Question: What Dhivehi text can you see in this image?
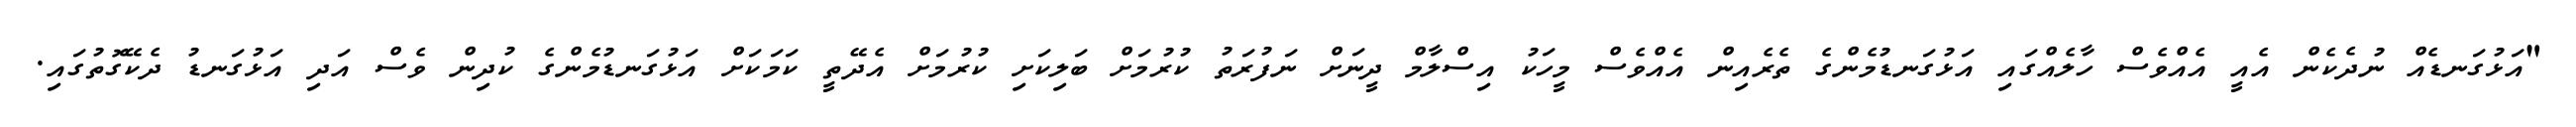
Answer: "އަޅުގަނޑެއް ނުދެކެން އެއީ އެއްވެސް ހާލެއްގައި އަޅުގަނޑުމެންގެ ތެރެއިން އެއްވެސް މީހަކު އިސްލާމް ދީނަށް ނަފުރަތު ކުރުމަށް ބަލިކަށި ކުރުމަށް އެދޭތީ ކަމަކަށް އަޅުގަނޑުމެންގެ ކުދިން ވެސް އަދި އަޅުގަނޑު ދެކޭގޮތުގައި.